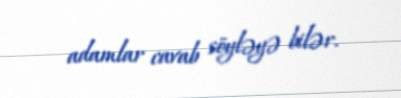
adamlar cavab söyləyə bilər.